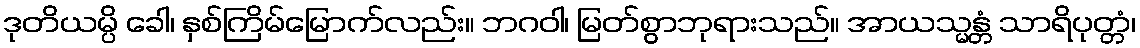
ဒုတိယမ္ပိ ခေါ၊ နှစ်ကြိမ်မြောက်လည်း။ ဘဂဝါ၊ မြတ်စွာဘုရားသည်။ အာယသ္မန္တံ သာရိပုတ္တံ၊